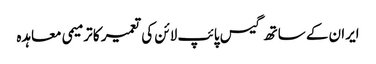
ایران کے ساتھ گیس پائپ لائن کی تعمیر کا ترمیمی معاہدہ